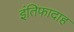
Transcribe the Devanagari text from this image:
इंतिफादाह